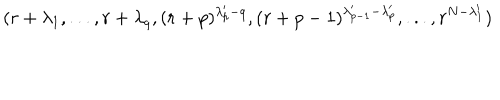
( r + \lambda _ { 1 } , . . . , r + \lambda _ { q } , ( r + p ) ^ { \lambda _ { p } ^ { \prime } - q } , ( r + p - 1 ) ^ { \lambda _ { p - 1 } ^ { \prime } - \lambda _ { p } ^ { \prime } } , . . . , r ^ { N - \lambda _ { 1 } ^ { \prime } } )